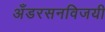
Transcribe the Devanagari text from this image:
अँडरसनविजयी